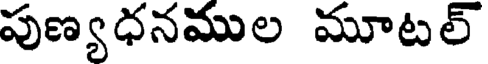
పుణ్యధనముల మూటల్